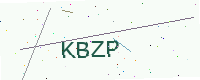
Text: KBZP